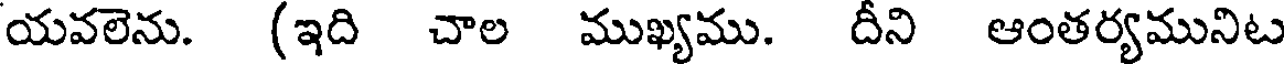
యవలెను. (ఇది చాల ముఖ్యము. దీని ఆంతర్యమునిట